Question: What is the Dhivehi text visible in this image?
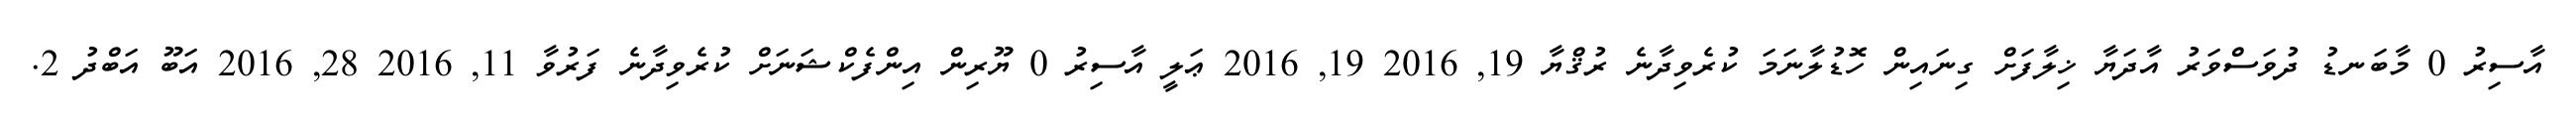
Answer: އާސިރު 0 މާބަނޑު ދުވަސްވަރު އާދަޔާ ޚިލާފަށް ގިނައިން ހޮޑުލާނަމަ ކުރެވިދާނެ ރުޤްޔާ 19, 2016 19, 2016 ޢަލީ އާސިރު 0 ޔޫރިން އިންފެކްޝަނަށް ކުރެވިދާނެ ފަރުވާ 11, 2016 28, 2016 އަބޫ އަބްދު 2.